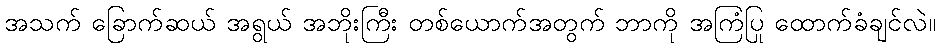
အသက် ခြောက်ဆယ် အရွယ် အဘိုးကြီး တစ်ယောက်အတွက် ဘာကို အကြံပြု ထောက်ခံချင်လဲ။